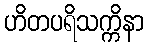
ဟိတပရိသက္ကိနာ